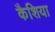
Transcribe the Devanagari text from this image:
कैशिया